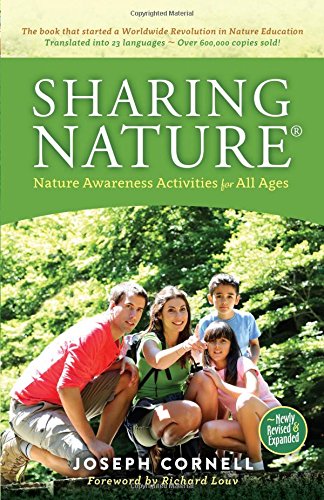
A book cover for Sharing NatureÂ®: Nature Awareness Activities for All Ages; Joseph Cornell; Science & Math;